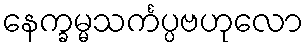
နေက္ခမ္မသင်္ကပ္ပဗဟုလော